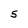
Character: 5